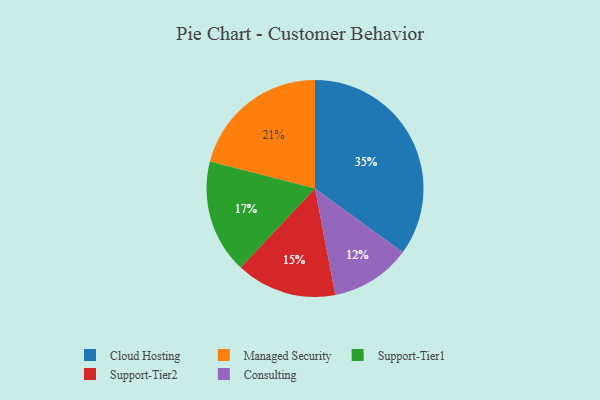
{"axis": {"x": "Category", "y": "Percentage"}, "legend": ["Cloud Hosting", "Consulting", "Managed Security", "Support-Tier1", "Support-Tier2"], "data": [{"x": "Consulting", "y": 12, "type": "Consulting"}, {"x": "Support-Tier1", "y": 17, "type": "Support-Tier1"}, {"x": "Support-Tier2", "y": 15, "type": "Support-Tier2"}, {"x": "Managed Security", "y": 21, "type": "Managed Security"}, {"x": "Cloud Hosting", "y": 35, "type": "Cloud Hosting"}]}